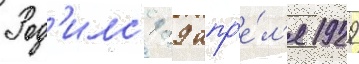
Род'илс'я 29 апр'е́л'я 1929